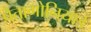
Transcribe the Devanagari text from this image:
पैतागोनियाई